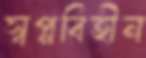
স্বপ্নবিহীন